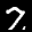
Label: 7